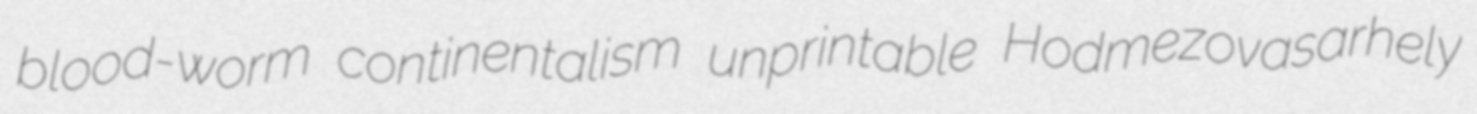
blood-worm continentalism unprintable Hodmezovasarhely